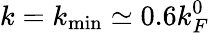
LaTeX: k=k_{\mathrm{min}}\simeq 0.6k_{F}^{0}